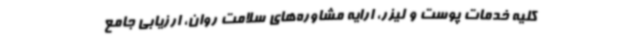
کلیه خدمات پوست و لیزر، ارایه مشاوره‌های سلامت روان، ارزیابی جامع